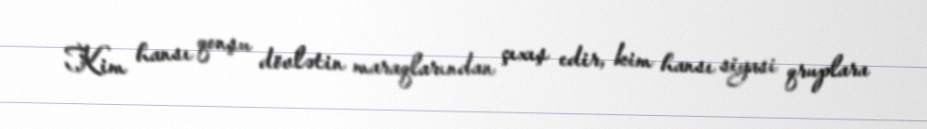
Kim hansı qonşu dövlətin maraqlarından çıxış edir, kim hansı siyasi qruplara